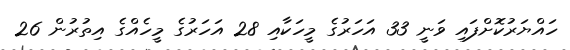
ހައްޔަރުކޮށްފައި ވަނީ 33 އަހަރުގެ މީހަކާއި 28 އަހަރުގެ މީހެއްގެ އިތުރުން 26